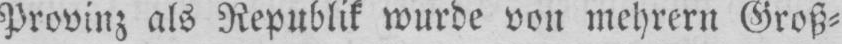
Provinz als Republik wurde von mehrern Groß⸗